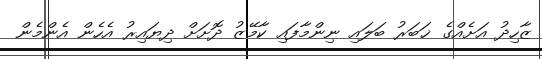
ޒާހިދު އަށެއްގެ ޚަބަރު ބަލައި ނިންމާފައި ކާމޭޒު ދޮށަށް ދިޔައިރު އެހެން އެންމެން